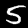
Digit: 5